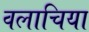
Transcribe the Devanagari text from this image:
वलाचिया